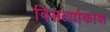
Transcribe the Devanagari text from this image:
विभर्त्याकाश